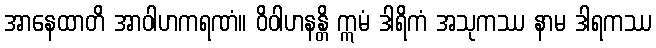
အာနေထာတိ အာဝါဟကရဏံ။ ဝိဝါဟနန္တိ ဣမံ ဒါရိကံ အသုကဿ နာမ ဒါရကဿ